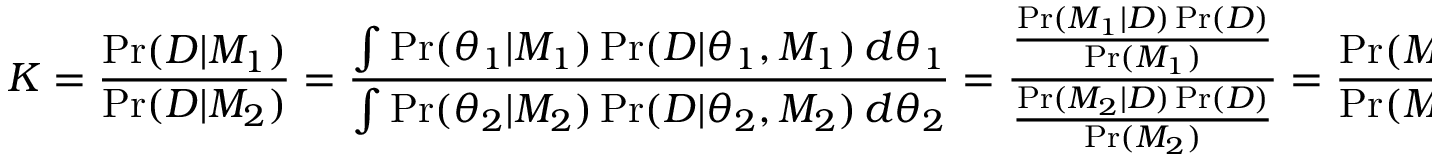
K = { \frac { \operatorname* { P r } ( D | M _ { 1 } ) } { \operatorname* { P r } ( D | M _ { 2 } ) } } = { \frac { \int \operatorname* { P r } ( \theta _ { 1 } | M _ { 1 } ) \operatorname* { P r } ( D | \theta _ { 1 } , M _ { 1 } ) \, d \theta _ { 1 } } { \int \operatorname* { P r } ( \theta _ { 2 } | M _ { 2 } ) \operatorname* { P r } ( D | \theta _ { 2 } , M _ { 2 } ) \, d \theta _ { 2 } } } = { \frac { \frac { \operatorname* { P r } ( M _ { 1 } | D ) \operatorname* { P r } ( D ) } { \operatorname* { P r } ( M _ { 1 } ) } } { \frac { \operatorname* { P r } ( M _ { 2 } | D ) \operatorname* { P r } ( D ) } { \operatorname* { P r } ( M _ { 2 } ) } } } = { \frac { \operatorname* { P r } ( M _ { 1 } | D ) } { \operatorname* { P r } ( M _ { 2 } | D ) } } { \frac { \operatorname* { P r } ( M _ { 2 } ) } { \operatorname* { P r } ( M _ { 1 } ) } } .